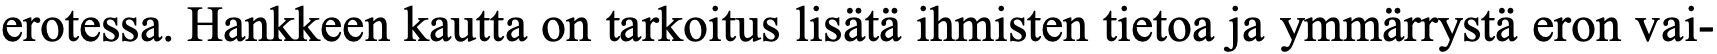
erotessa. Hankkeen kautta on tarkoitus lisätä ihmisten tietoa ja ymmärrystä eron vai-